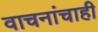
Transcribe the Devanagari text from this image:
वाचनांचाही